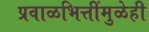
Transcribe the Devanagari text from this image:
प्रवाळभित्तींमुळेही